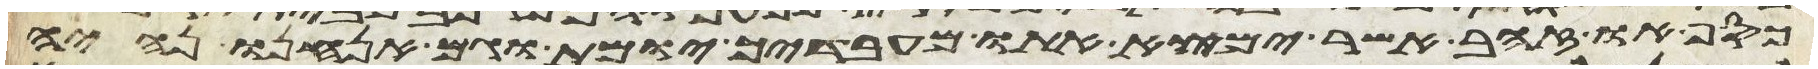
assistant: כסף או זהב אשר ימצא אתו מעבדיך יומת וגם אנחנו נהיה